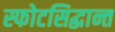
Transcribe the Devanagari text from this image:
स्फोटसिद्धान्त